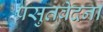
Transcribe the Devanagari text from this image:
प्रसुतवेदना